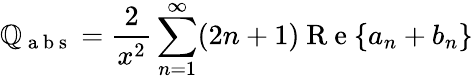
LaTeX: \mathbb{Q}_{\mathrm{{~a~b~s~}}}=\frac{{2}}{{x^{2}}}\sum_{n=1}^{\infty}(2n+1)\mathrm{{~R~e~}}\{ a_{n}+b_{n}\}